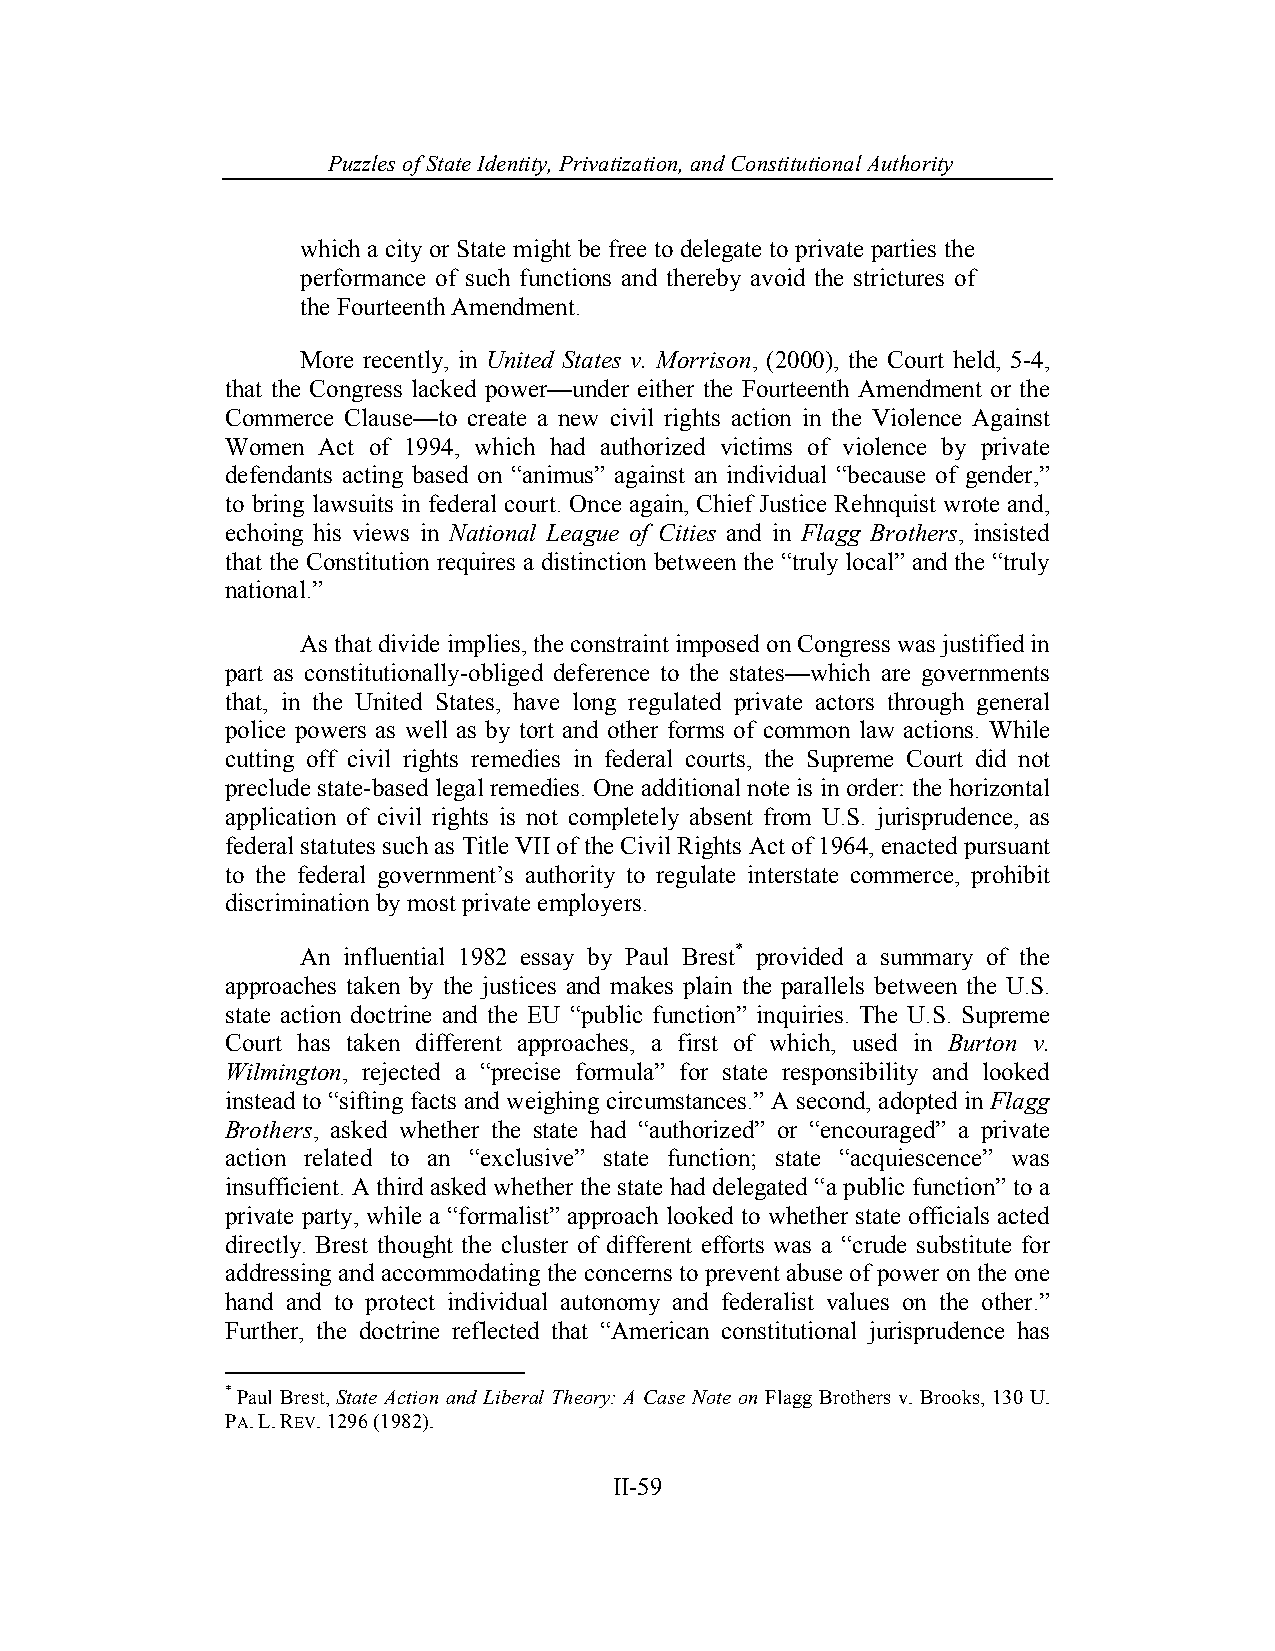
Puzzles of State Identity, Privatiz ation, and Constitutional Authority
 which a city or State might be free to delegate to private parties the
 performance of such functions and thereby avoid the strictures of
 the Fourteenth Amendment.
 More recently, in United States v. Morrison, (2000), the Court held, 5-4,
 that the Congress lacked power—under either the Fourteenth Amendment or the
 Commerce Clause—to create a new civil rights action in the Violence Against
 Women Act of 1994, which had authorized victims of violence by private
 defendants acting based on “animus” against an individual “because of gender,”
 to bring lawsuits in federal court. Once again, Chief Justice Rehnquist wrote and,
 echoing his views in National League of Cities and in Flagg Brothers, insisted
 that the Constitution requires a distinction between the “truly local” and the “truly
 national.”
 As that divide implies, the constraint imposed on Congress was justified in
 part as constitutionally-obliged deference to the states—which are governments
 that, in the United States, have long regulated private actors through general
 police powers as well as by tort and other forms of common law actions. While
 cutting off civil rights remedies in federal courts, the Supreme Court did not
 preclude state-based legal remedies. One additional note is in order: the horizontal
 application of civil rights is not completely absent from U.S. jurisprudence, as
 federal statutes such as Title VII of the Civil Rights Act of 1964, enacted pursuant
 to the federal government’s authority to regulate interstate commerce, prohibit
 discrimination by most private employers.
 An influential 1982 essay by Paul Brest* provided a summary of the
 approaches taken by the justices and makes plain the parallels between the U.S.
 state action doctrine and the EU “public function” inquiries. The U.S. Supreme
 Court has taken different approaches, a first of which, used in Burton v.
 Wilmington, rejected a “precise formula” for state responsibility and looked
 instead to “sifting facts and weighing circumstances.” A second, adopted in Flagg
 Brothers, asked whether the state had “authorized” or “encouraged” a private
 action related to an “exclusive” state function; state “acquiescence” was
 insufficient. A third asked whether the state had delegated “a public function” to a
 private party, while a “formalist” approach looked to whether state officials acted
 directly. Brest thought the cluster of different efforts was a “crude substitute for
 addressing and accommodating the concerns to prevent abuse of power on the one
 hand and to protect individual autonomy and federalist values on the other.”
 Further, the doctrine reflected that “American constitutional jurisprudence has
 * Paul Brest, State Action and Liberal Theory: A Case Note on Flagg Brothers v. Brooks, 130 U.
 PA. L. REV. 1296 (1982).
 II-59